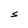
Character: S